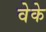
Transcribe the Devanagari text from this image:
वेके